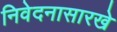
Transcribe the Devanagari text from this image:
निवेदनासारखे